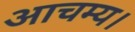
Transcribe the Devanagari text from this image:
आचम्य।